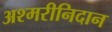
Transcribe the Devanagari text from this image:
अश्मरीनिदान